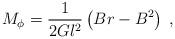
LaTeX: \begin{align*}M_{\phi }=\frac{1}{2Gl^{2}}\left( Br-B^{2}\right) \;,\end{align*}